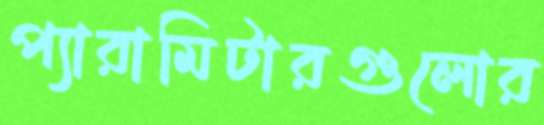
প্যারামিটারগুলোর